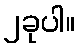
၂ခုပါ။